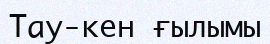
Тау-кен ғылымы